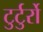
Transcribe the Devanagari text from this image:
टुर्टुर्रो